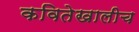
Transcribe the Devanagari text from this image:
कवितेखालीच